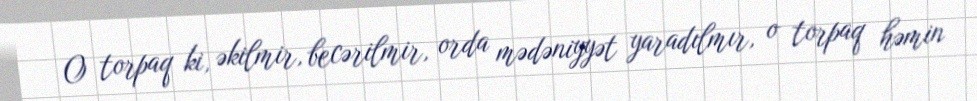
O torpaq ki, əkilmir, becərilmir, orda mədəniyyət yaradılmır, o torpaq həmin